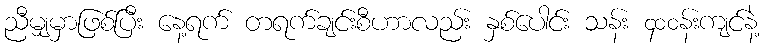
ညီမျှမှာဖြစ်ပြီး နေ့ရက် တရက်ချင်းစီဟာလည်း နှစ်ပေါင်း သန်း ၄၀၀န်းကျင်နဲ့